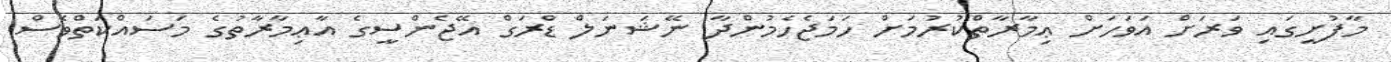
މާފުށީގައި ވަރަށް އަވަހަށް ޢިމާރާތްކުރުމަށް ހަމަޖެހެމުންދާ ނޭޝަނަލް ޑްރަގް އޭޖެންސީގެ އާޢިމާރާތުގެ މަސައްކަތްވެސް